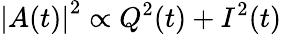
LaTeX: \left|A(t)\right|^{2}\propto Q^{2}(t)+I^{2}(t)